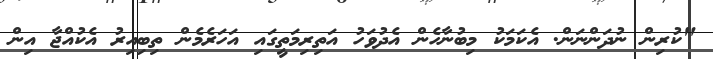
"ކުރިން ނުދަންނަން. އެކަމަކު މިބުނާހެން އެދުވަހު އަތިރިމަތީގައި އަހަރެމެން ތިބިއިރު އެކުއްޖާ އިން